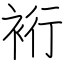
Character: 裄